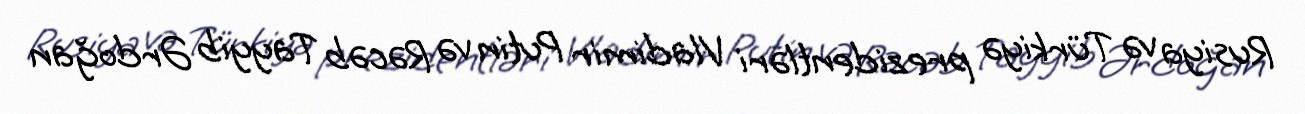
Rusiya və Türkiyə prezidentləri Vladimir Putin və Rəcəb Tayyib Ərdoğan